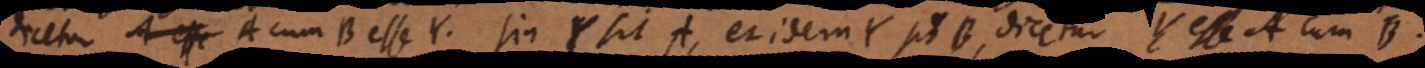
dicetur A cum B esse Y. Sin Y sit A, et idem Y sit B, dicetur Y esse A cum B.